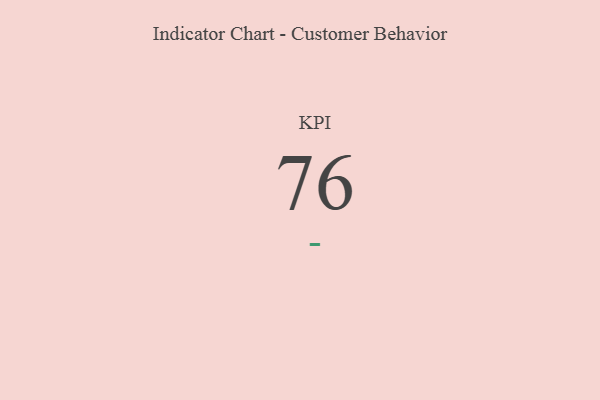
{"axis": {"x": "KPI", "y": "Value"}, "legend": [""], "data": [{"x": "KPI", "y": 76, "type": ""}]}